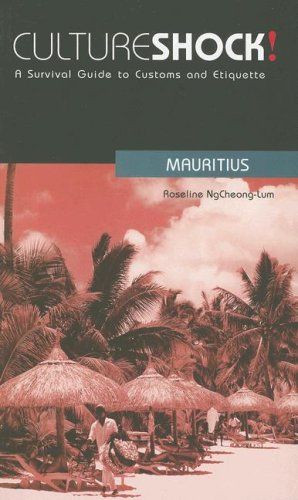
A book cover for Culture Shock! Mauritius: A Survival Guide to Customs and Etiquette (Culture Shock! Guides); Roseline Ngcheong-Lum; Travel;